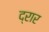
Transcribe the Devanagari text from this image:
द्रार